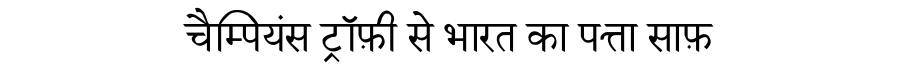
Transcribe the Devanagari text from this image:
चैम्पियंस ट्रॉफ़ी से भारत का पत्ता साफ़